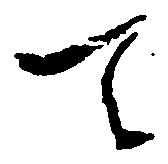
て